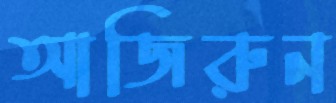
আজিরুন